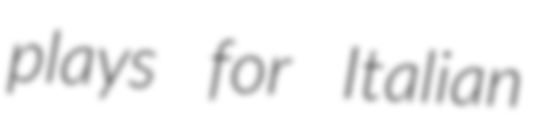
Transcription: plays for Italian